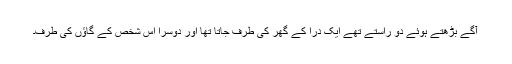
آگے بڑھتے ہوئے دو راستے تھے ایک دراؔ کے گھر کی طرف جاتا تھا اور دوسرا اُس شخص کے گاؤں کی طرف۔